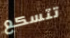
تتسكع